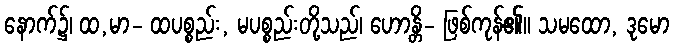
နောက်၌၊ ထ,မာ- ထပစ္စည်း, မပစ္စည်းတို့သည်၊ ဟောန္တိ- ဖြစ်ကုန်၏။ သမထော, ဒုမော